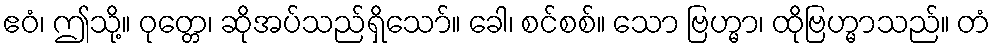
ဧဝံ၊ ဤသို့။ ဝုတ္တေ၊ ဆိုအပ်သည်ရှိသော်။ ခေါ၊ စင်စစ်။ သော ဗြဟ္မာ၊ ထိုဗြဟ္မာသည်။ တံ